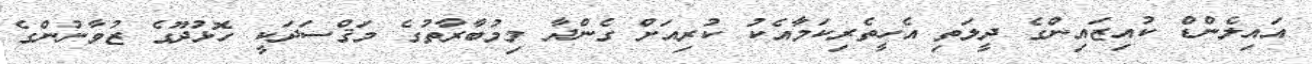
އައިލެންޑް ކުއިޒައިންގެ ދީލަތި އެހީތެރިކަމާއެކު ކުރިއަށް ގެންދާ މިމުބާރާތުގެ މަޤްސަދަކީ ހޮޅުދޫގެ ޒުވާނުންގެ